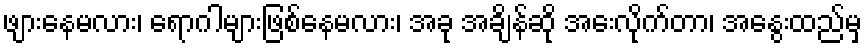
ဖျားနေမလား၊ ရောဂါများဖြစ်နေမလား၊ အခု အချိန်ဆို အေးလိုက်တာ၊ အနွေးထည်မှ